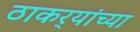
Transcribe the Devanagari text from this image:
ठाकर्‍यांच्या